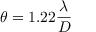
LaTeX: \theta = 1 . 2 2 { \frac { \lambda } { D } }